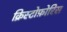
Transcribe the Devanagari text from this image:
क्रिस्टोफ़ोरिस